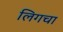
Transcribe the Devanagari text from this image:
लिगचा